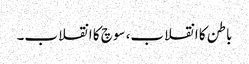
باطن کا انقلاب، سوچ کا انقلاب۔